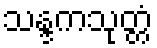
သန္ဒကသုတ္တံ